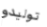
توليدو